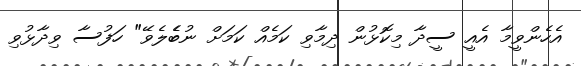
އެހެންވީމާ އެއީ ސީދާ މިކޮޅުން ދިމާވި ކަމެއް ކަމަށް ނުބެެލެވޭ" ހަފުސާ ވިދާޅުވި